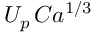
U _ { p } \, C a ^ { 1 / 3 }